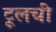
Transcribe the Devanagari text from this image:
टूलची